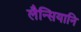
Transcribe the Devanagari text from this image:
लैन्सियानि